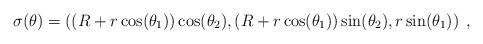
LaTeX: \begin{align*} \sigma(\theta)=\left((R+r\cos(\theta_1))\cos(\theta_2),(R+r\cos(\theta_1))\sin(\theta_2),r\sin(\theta_1)\right)\;,\end{align*}